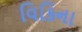
વિકિના